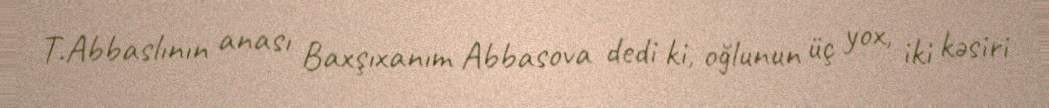
T.Abbaslının anası Baxşıxanım Abbasova dedi ki, oğlunun üç yox, iki kəsiri